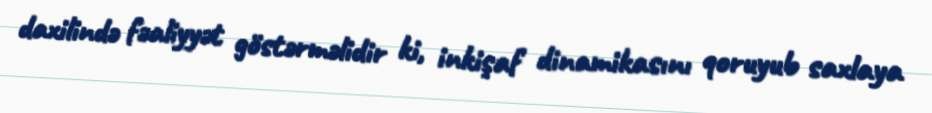
daxilində fəaliyyət göstərməlidir ki, inkişaf dinamikasını qoruyub saxlaya